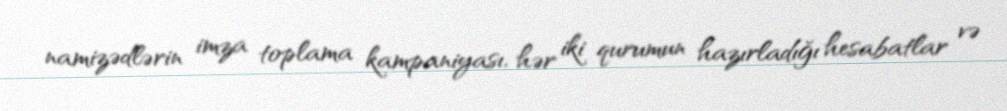
namizədlərin imza toplama kampaniyası, hər iki qurumun hazırladığı hesabatlar və